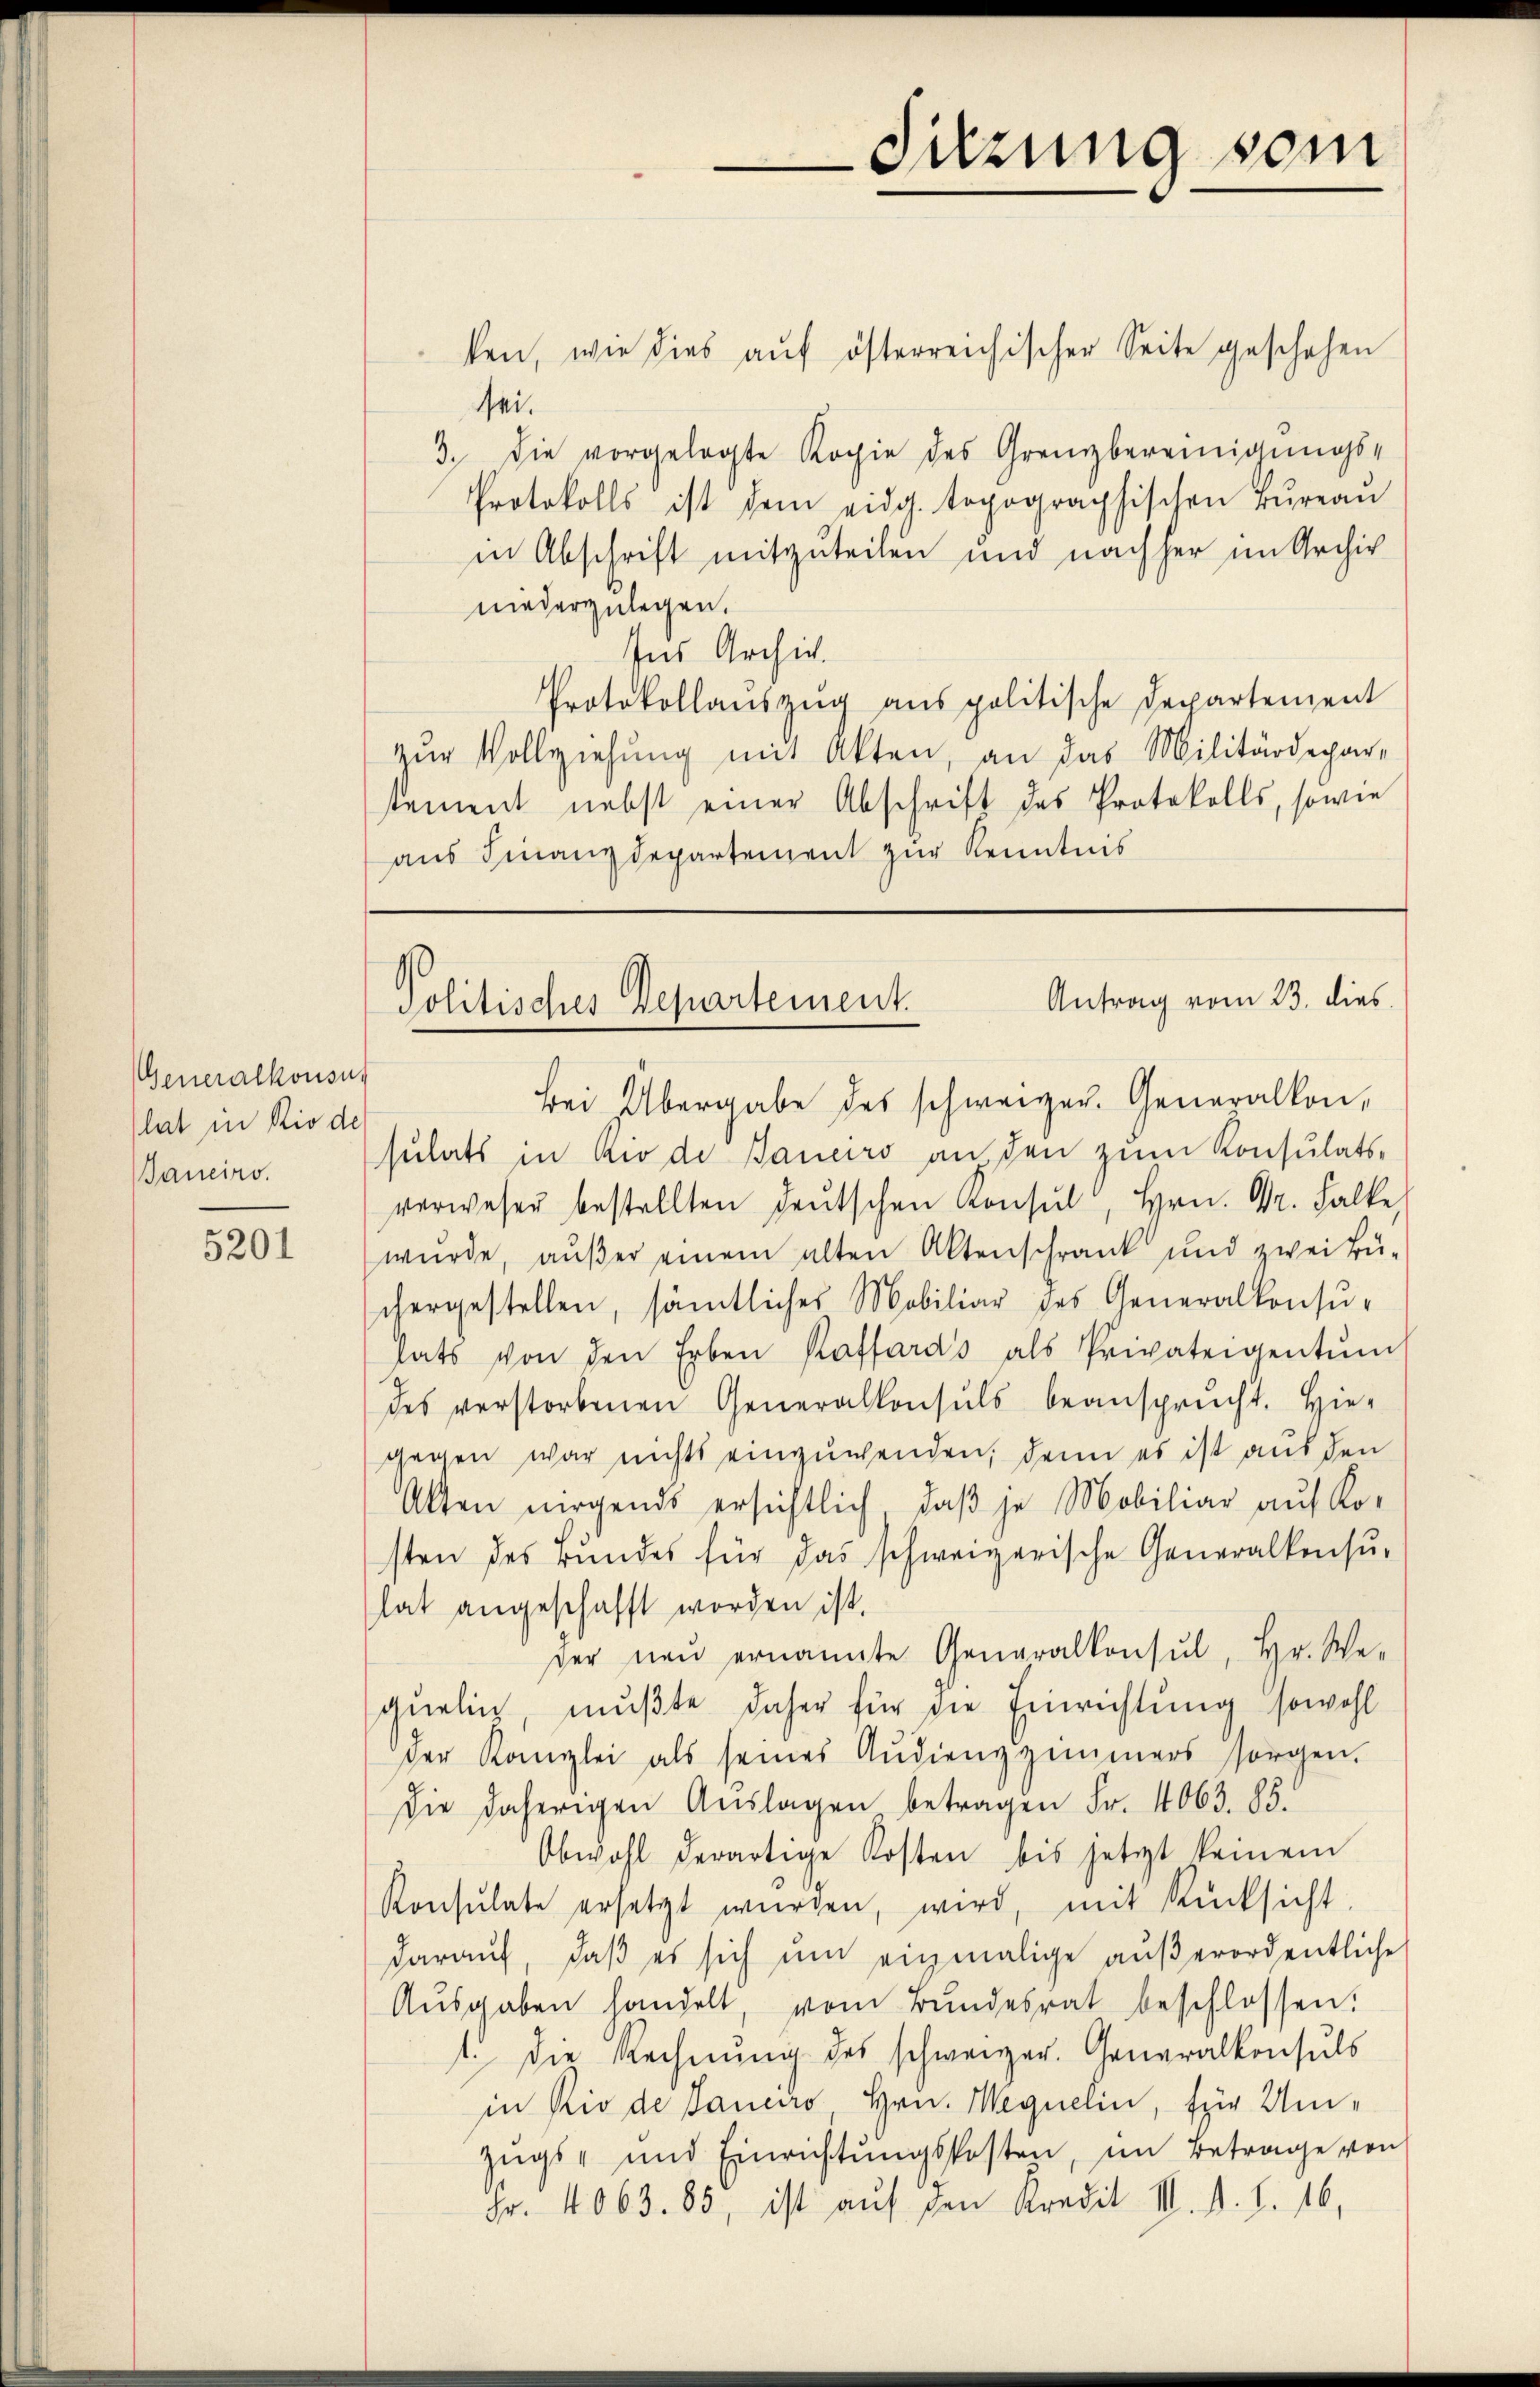
Generalkonsun
lat in Rio de
aneiro.

5201

ken, wie dies aŭf österreichischer Seite geschehen
sei.
3. Die vorgelegte Kopie des Grenzbereinigungs-
Protokolls ist dem eidg. topographischen Tŭreaŭ
in Abschrift mitzuteilen und nachher im Archiv
niederzulegen.
Ins Archiv.
Protokollaŭszŭg anspolitische Departement
zŭr Vollziehŭng mit Akten, an das Militärdepar-
sement nebst einer Abschrift des Protokolls, sowie
aus Finanzdepartement zur Kenntnis

Sitzung vom

Antrag vom 23. dies
Politisches Departement.

Bei Übergabe des schweizer. Generalkon,
sulats in Rio de Janeiro an den zum Konsulats-
verwesen bestellten deŭtschen Konsul, Hrn. Dr. Falke
wurde, außer einem alten Aktenschrank und zwei Bü-
chergestellen, sämtliches Mobiliar des Generalkonsu-
lats von den Erben Kaffards als Privateigentum
des verstorbenen Generalkonsuls beansprucht. Hier
gegen war nichts einzuwenden, denn es ist aus den
Alten nirgends ersichtlich, daβ je Mobiliar auf Kosten des Bundes für das schweizerische Generalkonsu-
hat angeschafft worden ist.
der neŭ ernannte Generalkonsul, Hr. We-
quelin, mußte daher für die Einrichtung sowohl
der Kanzlei als seines Audienzimmers sorgen.
Die daherigen Aŭslagen betragen Fr. 4063. 85.
Obwohl derartige Kosten bis jetzt keinem
Konsulate ersetzt würden, wird, mit Rücksicht
darauf, daβ es sich ŭm einmalige aŭβerordentliche
Aŭsgaben handelt, vom Bundesrat beschlossen:
t. die Rechnŭng des schweizer. Generalkonsuls
in Rio de Janeiro Hrn. Megnelin, für Um¬
Zugs- und Einrichtŭngskosten, im Betrage von
Fr. 4063. 85, ist auf den Kredit I. d. d. 16,